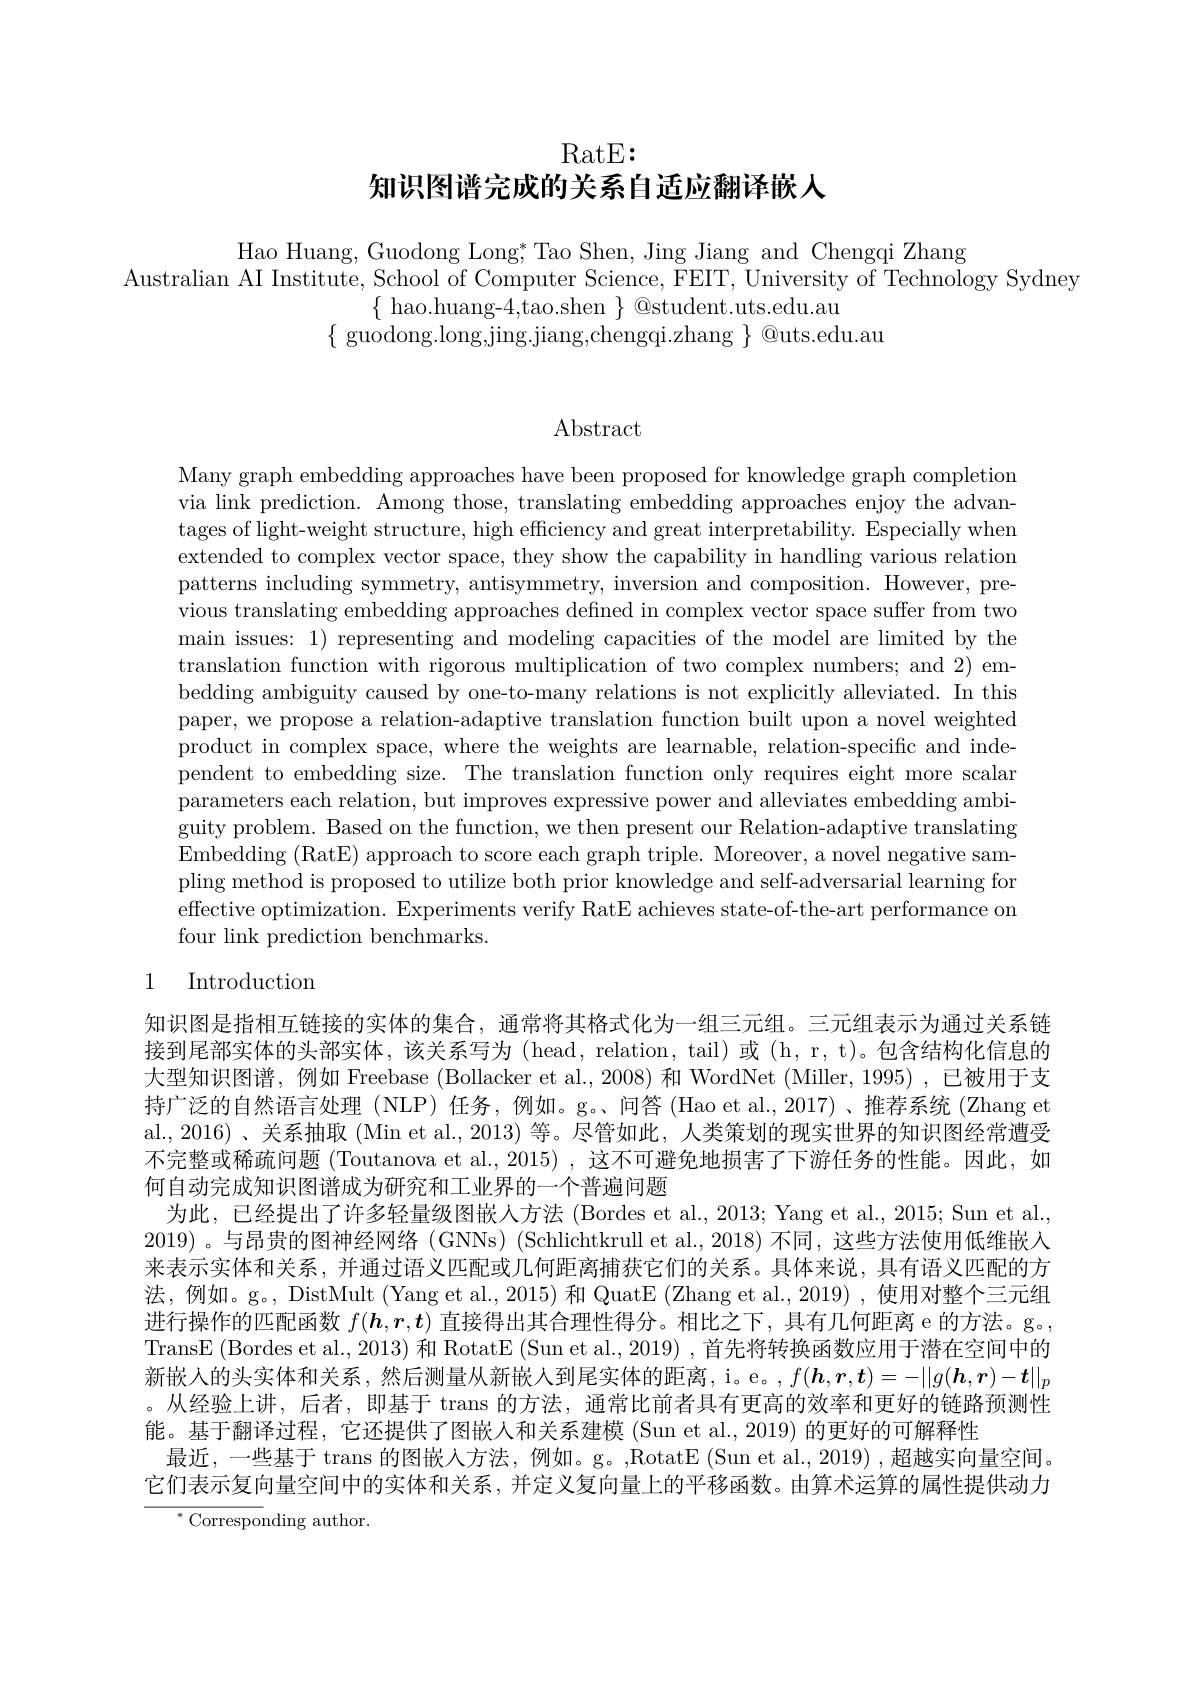
RatE:

## 知识图谱完成的关系自适应翻译嵌人

Hao Huang, Guodong Long" Tao Shen, Jing Jiang and Chengqi Zhang
Australian AI Institute, School of Computer Science, FEIT, University of Technology Sydney
$\{$ hao.huang-4,tao.shen $\}$ @student.uts.edu.au
$\{{\mathrm{~guodong.long,jing.jiang,chengqi.zhang~}}\}{\mathrm{~@uts.edu.au}}$

Abstract

Many graph embedding approaches have been proposed for knowledge graph completion via link prediction. Among those, translating embedding approaches enjoy the advantages of light-weight structure, high efficiency and great interpretability. Especially when extended to complex vector space, they show the capability in handling various relation patterns including symmetry, antisymmetry, inversion and composition. However, previous translating embedding approaches defined in complex vector space suffer from two main issues: 1) representing and modeling capacities of the model are limited by the translation function with rigorous multiplication of two complex numbers; and 2) embedding ambiguity caused by one-to-many relations is not explicitly alleviated. In this paper, we propose a relation-adaptive translation function built upon a novel weighted product in complex space, where the weights are learnable, relation-specific and independent to embedding size. The translation function only requires eight more scalar parameters each relation, but improves expressive power and alleviates embedding ambiguity problem. Based on the function, we then present our Relation-adaptive translating Embedding (RatE) approach to score each graph triple. Moreover, a novel negative sampling method is proposed to utilize both prior knowledge and self-adversarial learning for effective optimization. Experiments verify RatE achieves state-of-the-art performance on four link prediction benchmarks.

## 1 Introduction

知识图是指相互链接的实体的集合，通常将其格式化为一组三元组。三元组表示为通过关系链接到尾部实体的头部实体，该关系写为 (head,relation,tail)或 (h,r,t)。包含结构化信息的大型知识图谱，例如 Freebase (Bollacker et al., 2008) 和 WordNet (Miller, 1995) ,已被用于支持广泛的自然语言处理 (NLP) 任务，例如。g。、问答 (Hao et al.,2017)、推荐系统 (Zhang et al.,2016) 、关系抽取 (Min et al., 2013) 等。尽管如此，人类策划的现实世界的知识图经常遭受不完整或稀疏问题 (Toutanova et al., 2015) , 这不可避免地损害了下游任务的性能。因此，如何自动完成知识图谱成为研究和工业界的一个普遍问题
为此，已经提出了许多轻量级图嵌人方法 (Bordes et al., 2013; Yang et al., 2015; Sun et al., 2019) 。与昂贵的图神经网络 (GNNs) (Schlichtkrull et al.,2018) 不同，这些方法使用低维嵌人来表示实体和关系，并通过语义匹配或几何距离捕获它们的关系。具体来说，具有语义匹配的方法，例如。g。, DistMult (Yang et al., 2015) 和 QuatE (Zhang et al., 2019) , 使用对整个三元组进行操作的匹配函数$f(h,r,t)$直接得出其合理性得分。相比之下，具有几何距离 e 的方法。g。, TransE (Bordes et al., 2013) 和 RotatE (Sun et al., 2019) , 首先将转换函数应用于潜在空间中的新嵌人的头实体和关系，然后测量从新嵌入到尾实体的距离，i。e。,$f(\boldsymbol{h},\boldsymbol{r},\boldsymbol{t})=-\|g(\boldsymbol{h},\boldsymbol{r})-\boldsymbol{t}\|_p$ 。从经验上讲，后者，即基于 trans 的方法，通常比前者具有更高的效率和更好的链路预测性能。基于翻译过程，它还提供了图嵌人和关系建模 (Sun et al., 2019) 的更好的可解释性
最近，一些基于 trans 的图嵌人方法，例如。g。,RotatE (Sun et al., 2019) ,超越实向量空间。它们表示复向量空间中的实体和关系，并定义复向量上的平移函数。由算术运算的属性提供动力
$^{*}$Corresponding author.